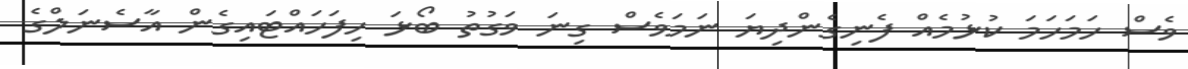
ވެސް ހަމަހަމަ ކުޅުމެއް ފެނިގެންދިޔަ ނަމަވެސް ގިނަ ވަގުތު ބޯޅަ ހިފަހައްޓައިގެން އާސެނަލްގެ